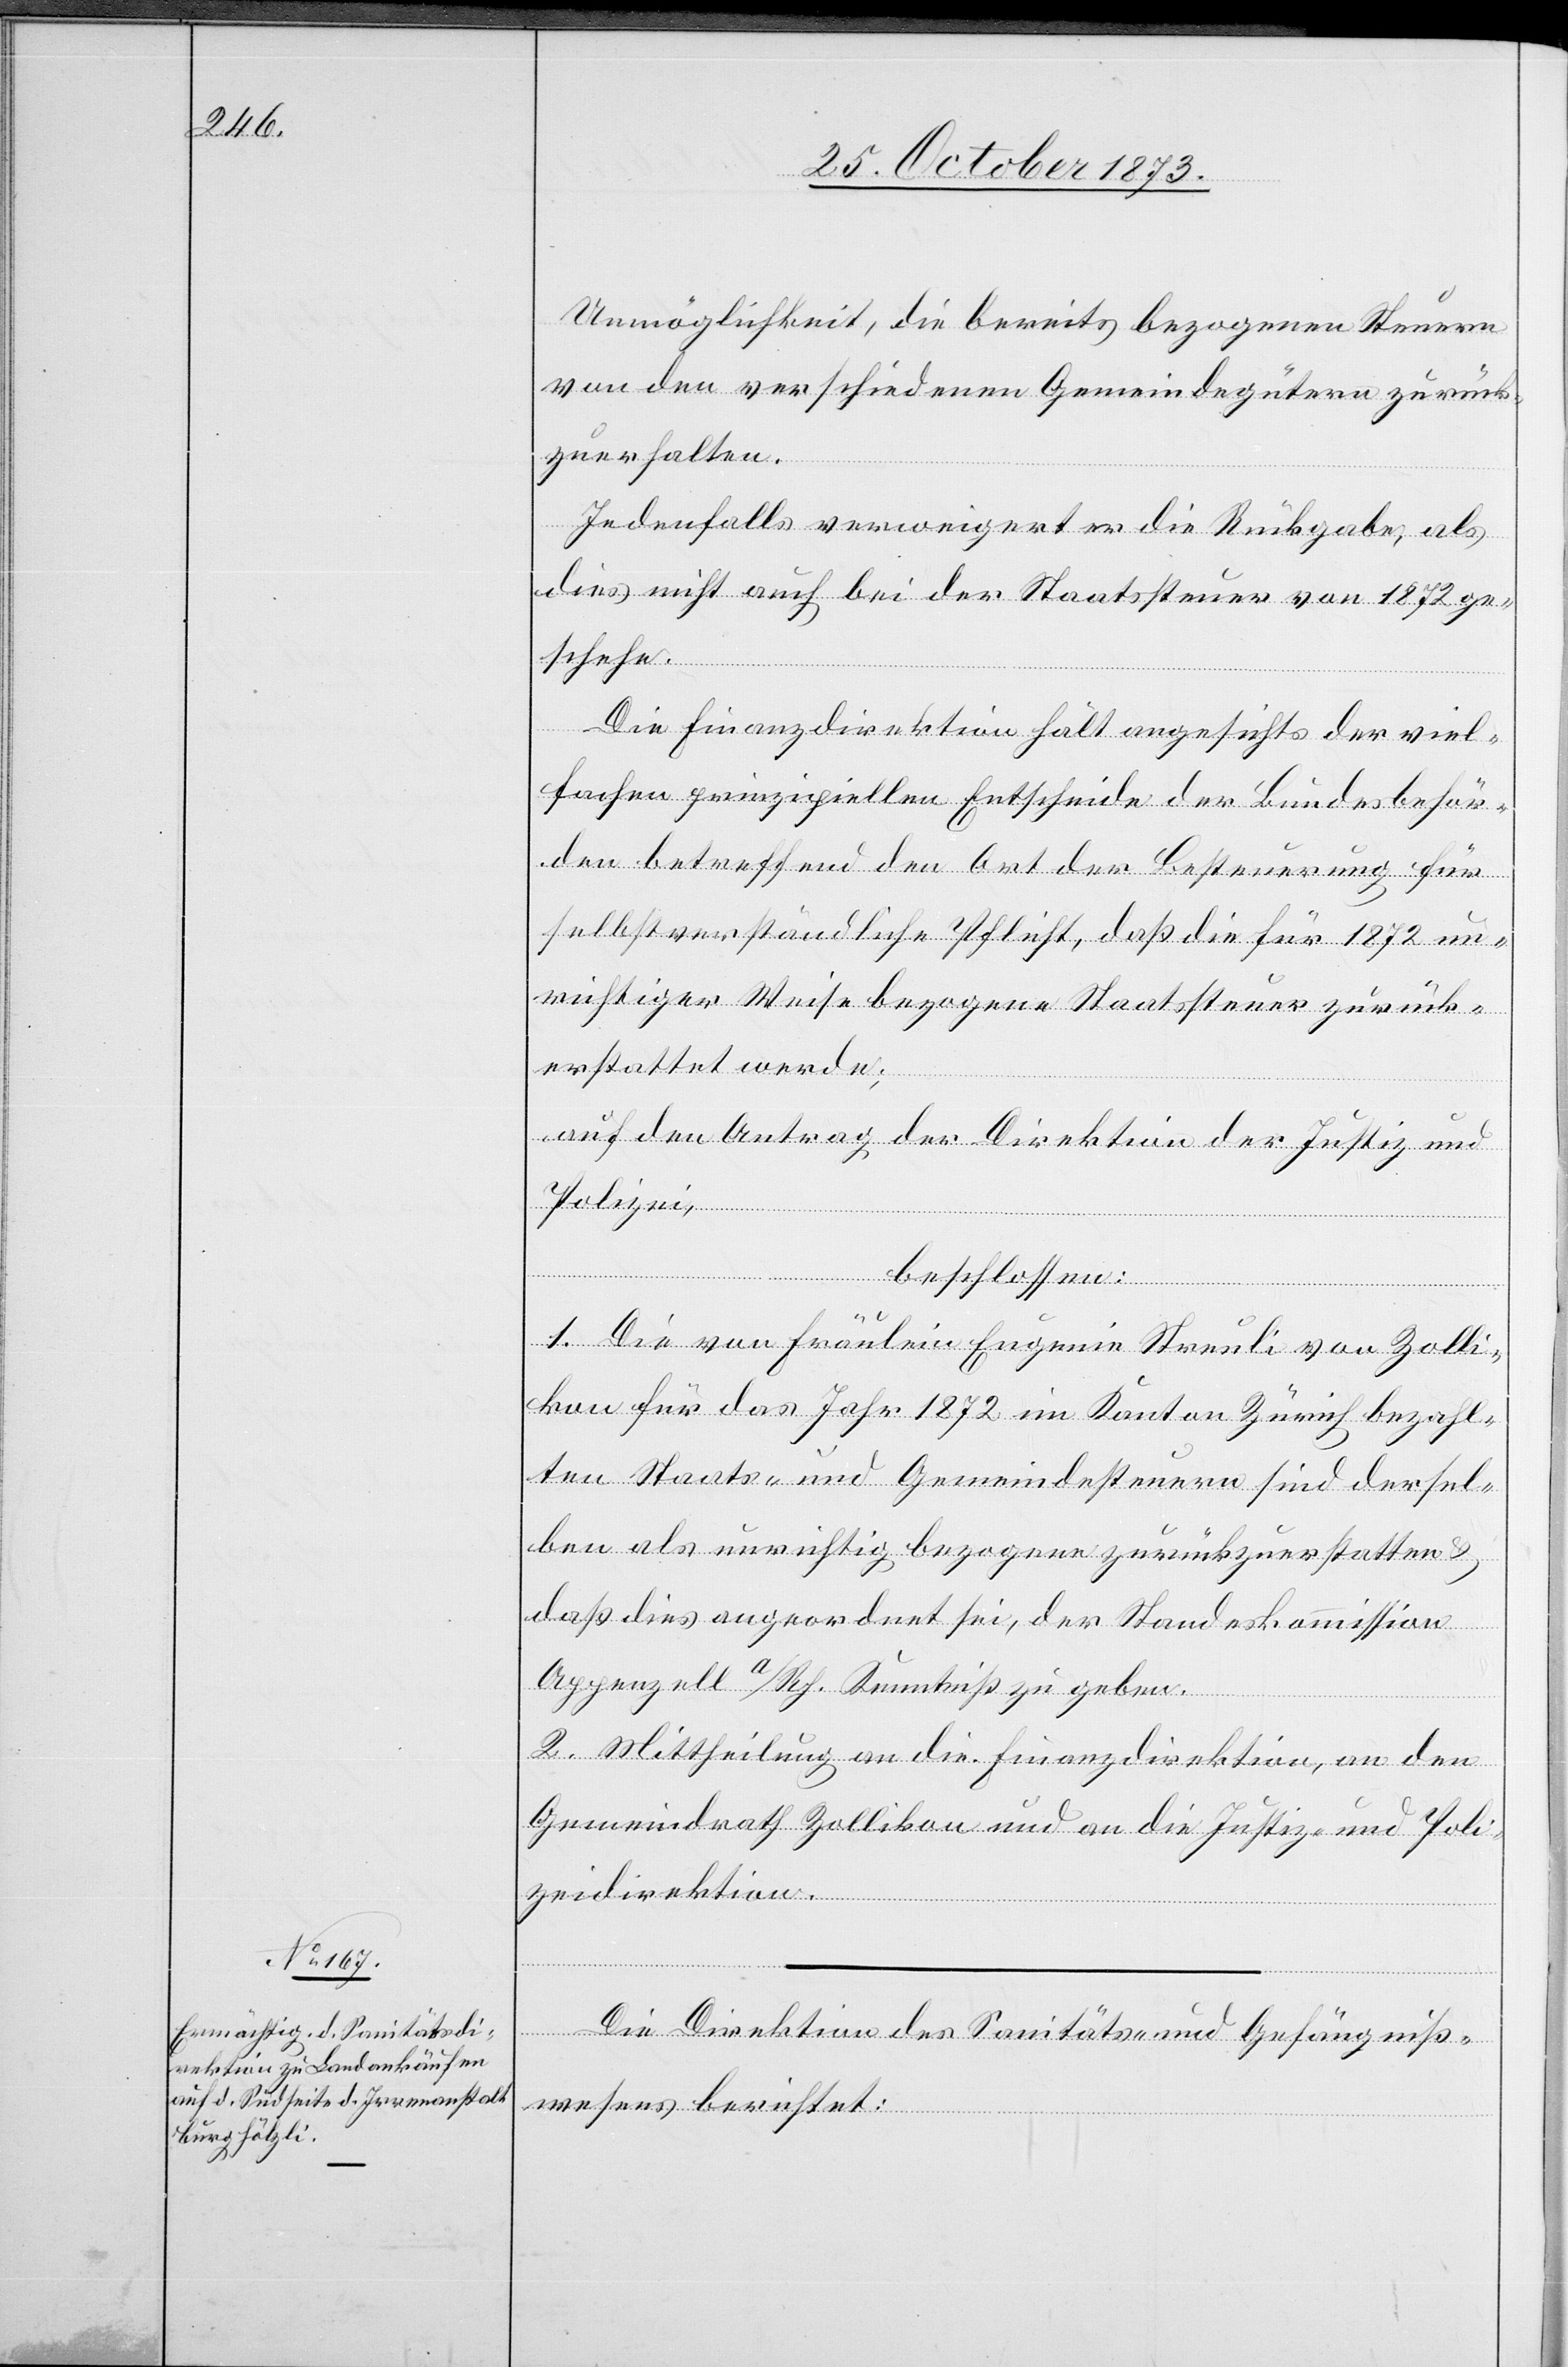
Unmöglichkeit, die bereits bezogenen Steuern
von den verschiedenen Gemeindegütern zurück¬
zuerhalten.
Jedenfalls verweigert er die Rückgabe, als
dies nicht auch bei der Staatssteuer von 1872 ge¬
schehe.
Die Finanzdirektion hält angesichts der viel¬
fachen prinzipiellen Entscheide der Bundesbehör¬
den betreffend den Ort der Besteuerung für
selbstverständliche Pflicht, daß die für 1872 un¬
richtiger Weise bezogene Staatssteuer zurück¬
erstattet werde;
auf den Antrag der Direktion der Justiz und
Polizei,
beschlossen:
1. Die von Fräulein Eugenie Streuli von Zolli¬
kon für das Jahr 1872 im Kanton Zürich bezahl¬
ten Staats- und Gemeindesteuern sind dersel¬
ben als unrichtig bezogene zurückzuerstatten &
daß dies angeordnet sei, der Standeskommission
Appenzell a/Rh. Kenntniß zu geben.
2. Mittheilung an die Finanzdirektion, an den
Gemeindrath Zollikon und an die Justiz- und Poli¬
zeidirektion.
Die Direktion des Sanitäts- und Gefängniß¬
wesens berichtet: